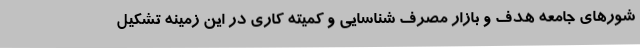
شورهای جامعه هدف و بازار مصرف شناسایی و کمیته کاری در این زمینه تشکیل